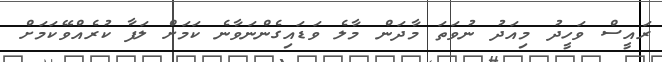
ރައީސް ވަހީދު މިއަދު ނުވަތަ މާދަން މާލެ ވަޑައިގެންނަވާނެ ކަމަށް ލަފާ ކުރެއްވޭކަމަށް